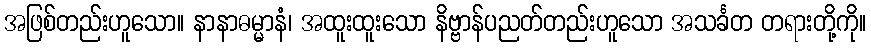
အဖြစ်တည်းဟူသော။ နာနာဓမ္မာနံ၊ အထူးထူးသော နိဗ္ဗာန်ပညတ်တည်းဟူသော အသင်္ခတ တရားတို့ကို။